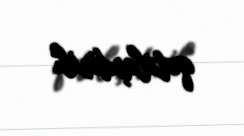
qətiləşdirib.